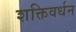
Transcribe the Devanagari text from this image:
शक्तिवर्धन